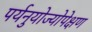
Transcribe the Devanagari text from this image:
पर्यनुयोज्योपेक्षण